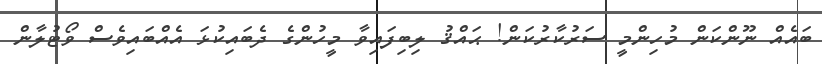
ބައެއް ނޫންކަން މުހިންމީ ސަރުކާރުކަން! ޙައްޤު ލިބިފައިވާ މީހުންގެ ދެބައިކުޅަ އެއްބައިވެސް ވޯޓުލާން